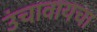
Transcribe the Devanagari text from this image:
उंचावायचा